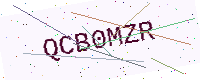
Text: QCB0MZR